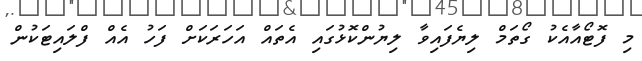
މި ފޮޓޯއާއެކު ގޯތަމް ލިޔެފައިވާ ލިޔުންކޮޅުގައި އެތައް އަހަރަކަށް ފަހު އެއް ފްލައިޓަކުން